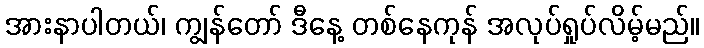
အားနာပါတယ်၊ ကျွန်တော် ဒီနေ့ တစ်နေကုန် အလုပ်ရှုပ်လိမ့်မည်။